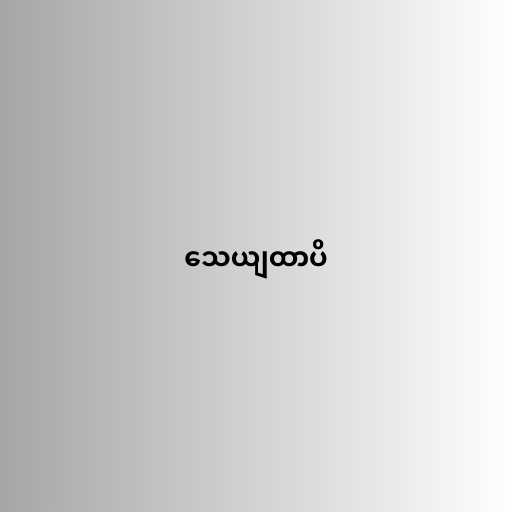
သေယျထာပိ